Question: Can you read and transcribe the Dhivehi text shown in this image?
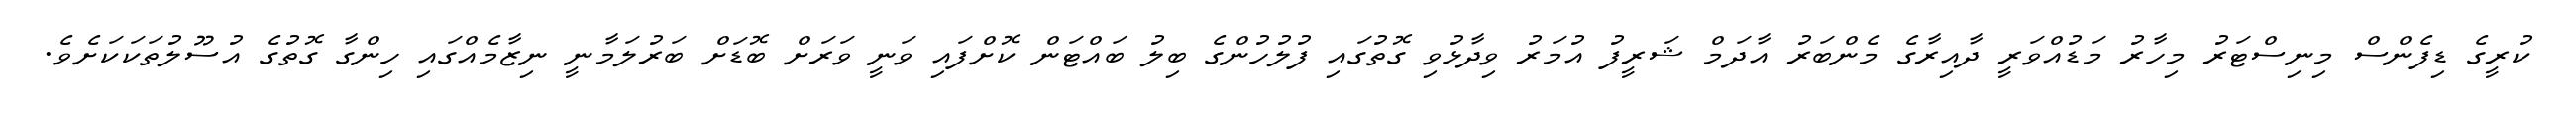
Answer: ކުރީގެ ޑިފެންސް މިނިސްޓަރު މިހާރު މަޑުއްވަރީ ދާއިރާގެ މެންބަރު އާދަމް ޝަރީފު އުމަރު ވިދާޅުވި ގޮތުގައި ފުލުހުންގެ ބިލު ބައްޓަން ކޮށްފައި ވަނީ ވަރަށް ބޮޑަށް ބަރުލަމާނީ ނިޒާމެއްގައި ހިންގާ ގޮތުގެ އުސޫލުތަކަކަށެވެ.